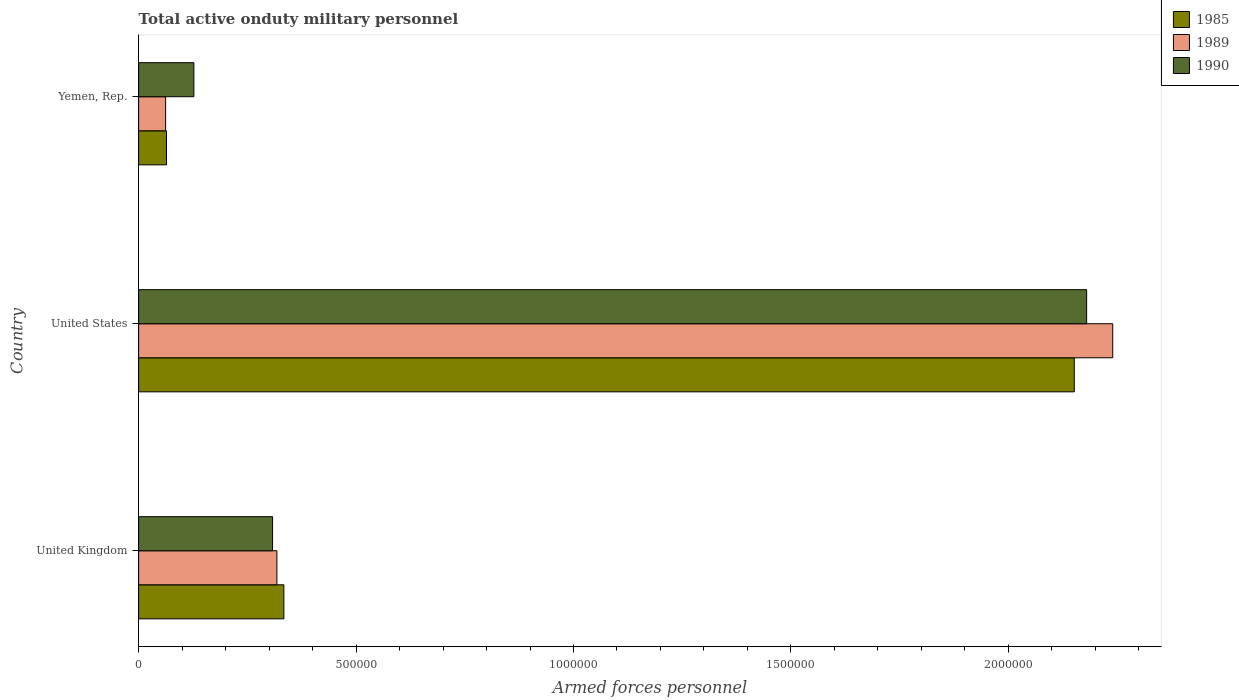
| Country | 1985 | 1989 | 1990 |
 | --- | --- | --- | --- |
 | United Kingdom | 3.34e+05 | 3.18e+05 | 3.08e+05 |
 | United States | 2.15e+06 | 2.24e+06 | 2.18e+06 |
 | Yemen, Rep. | 6.41e+04 | 6.2e+04 | 1.27e+05 |